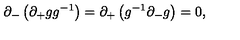
\partial _ { - } \left( \partial _ { + } g g ^ { - 1 } \right) = \partial _ { + } \left( g ^ { - 1 } \partial _ { - } g \right) = 0 ,